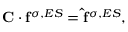
\mathbf { C } \cdot \mathbf { f } ^ { \sigma , E S } = \mathbf { \hat { f } } ^ { \sigma , E S } ,